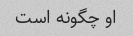
او چگونه است